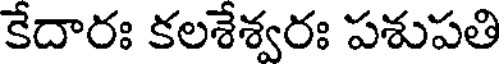
కేదారః కలశేశ్వరః పశుపతి